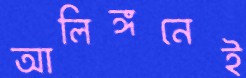
আলিঙ্গনেই